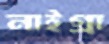
নাইগ্রা